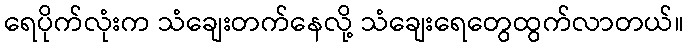
ရေပိုက်လုံးက သံချေးတက်နေလို့ သံချေးရေတွေထွက်လာတယ်။